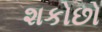
શકોછો